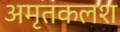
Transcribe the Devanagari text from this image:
अमृतकलश